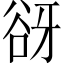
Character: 谺